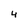
Character: 4